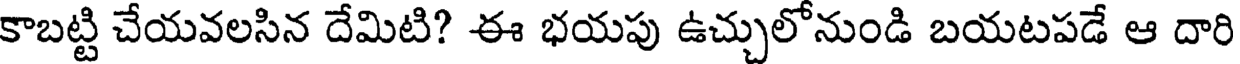
కాబట్టి చేయవలసిన దేమిటి? ఈ భయపు ఉచ్చులో నుండి బయటపడే ఆ దారి